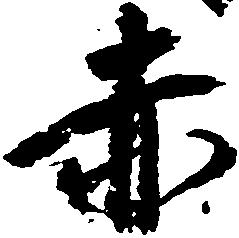
赤